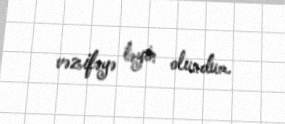
vəzifəyə təyin olundum.